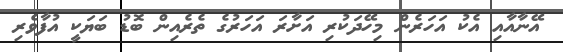
އޭނާއާއި އެކު އަހަރެން މިހޭދަކުރި އަށާރަ އަހަރުގެ ތެރެއިން ބޮޑު ބަޔަކީ އުފާވެރި